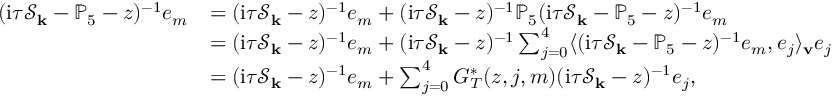
\begin{array} { r l } { ( \mathrm { i } \tau \mathcal { S } _ { \mathbf { k } } - \mathbb { P } _ { 5 } - z ) ^ { - 1 } e _ { m } } & { = ( \mathrm { i } \tau \mathcal { S } _ { \mathbf { k } } - z ) ^ { - 1 } e _ { m } + ( \mathrm { i } \tau \mathcal { S } _ { \mathbf { k } } - z ) ^ { - 1 } \mathbb { P } _ { 5 } ( \mathrm { i } \tau \mathcal { S } _ { \mathbf { k } } - \mathbb { P } _ { 5 } - z ) ^ { - 1 } e _ { m } } \\ & { = ( \mathrm { i } \tau \mathcal { S } _ { \mathbf { k } } - z ) ^ { - 1 } e _ { m } + ( \mathrm { i } \tau \mathcal { S } _ { \mathbf { k } } - z ) ^ { - 1 } \sum _ { j = 0 } ^ { 4 } \langle ( \mathrm { i } \tau \mathcal { S } _ { \mathbf { k } } - \mathbb { P } _ { 5 } - z ) ^ { - 1 } e _ { m } , e _ { j } \rangle _ { \mathbf { v } } e _ { j } } \\ & { = ( \mathrm { i } \tau \mathcal { S } _ { \mathbf { k } } - z ) ^ { - 1 } e _ { m } + \sum _ { j = 0 } ^ { 4 } G _ { T } ^ { * } ( z , j , m ) ( \mathrm { i } \tau \mathcal { S } _ { \mathbf { k } } - z ) ^ { - 1 } e _ { j } , } \end{array}